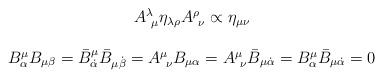
LaTeX: \begin{align*}\begin{array}{c}A^{\lambda}_{~\mu}\eta_{\lambda\rho}A^{\rho}_{~\nu}\propto\eta_{\mu\nu}\\{}\\B^{\mu}_{\alpha}B_{\mu\beta}=\bar{B}^{\mu}_{\dot{\alpha}}\bar{B}_{\mu\dot{\beta}} =A^{\mu}_{~\nu}B_{\mu\alpha}=A^{\mu}_{~\nu}\bar{B}_{\mu\dot{\alpha}}=B^{\mu}_{\alpha}\bar{B}_{\mu\dot{\alpha}}=0\end{array}\end{align*}